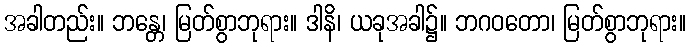
အခါတည်း။ ဘန္တေ၊ မြတ်စွာဘုရား။ ဒါနိ၊ ယခုအခါ၌။ ဘဂဝတော၊ မြတ်စွာဘုရား။